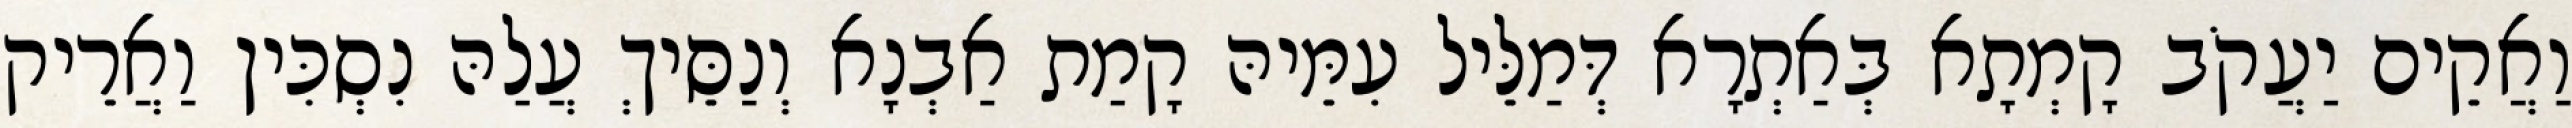
וַאֲקֵים יַעֲקֹב קָמְתָא בְּאַתְרָא דְּמַלֵּיל עִמֵּיהּ קָמַת אַבְנָא וְנַסֵּיךְ עֲלַהּ נִסְכִּין וַאֲרֵיק